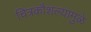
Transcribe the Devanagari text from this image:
चित्रकौशल्यामुळे